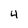
Character: 4